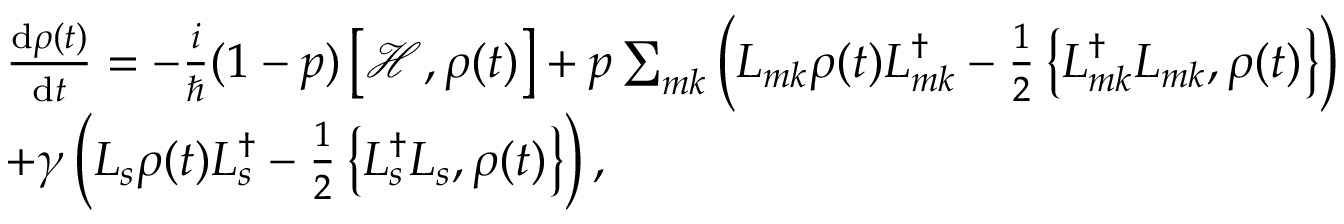
\begin{array} { r l } & { \frac { \mathrm { d } \rho ( t ) } { \mathrm { d } t } = - \frac { i } { \hbar } ( 1 - p ) \left[ \mathcal { H } , \rho ( t ) \right] + p \sum _ { m k } \left( L _ { m k } \rho ( t ) L _ { m k } ^ { \dagger } - \frac { 1 } { 2 } \left\{ L _ { m k } ^ { \dagger } L _ { m k } , \rho ( t ) \right\} \right) } \\ & { + \gamma \left( L _ { s } \rho ( t ) L _ { s } ^ { \dagger } - \frac { 1 } { 2 } \left\{ L _ { s } ^ { \dagger } L _ { s } , \rho ( t ) \right\} \right) , } \end{array}